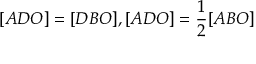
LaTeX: [ A D O ] = [ D B O ] , [ A D O ] = { \frac { 1 } { 2 } } [ A B O ]